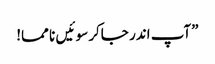
”آپ اندر جاکر سو ئیں نا مما!